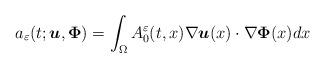
LaTeX: \begin{align*}a_{\varepsilon }(t;\boldsymbol{u},\boldsymbol{\Phi })=\int_{\Omega}A_{0}^{\varepsilon }(t,x)\nabla \boldsymbol{u}(x)\cdot \nabla \boldsymbol{\Phi }(x)dx \end{align*}